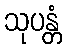
သုပန္တံ